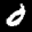
Label: 6